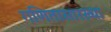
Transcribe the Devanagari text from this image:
गणितासारख्या